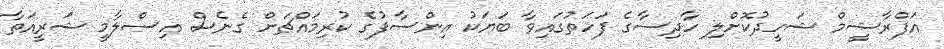
އަފްރާޝީމް ޝަހީދުކޮށްލި ހާދިސާގެ ފަހަތުގައިވާ ބަޔަކު އިންސާފުގެ ކުރިމައްޗަށް ގެނެސް އިސްލާމީ ޝަރީއަތާ